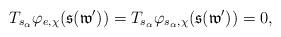
LaTeX: \begin{align*}T_{s_{\alpha}}\varphi_{e,\chi}(\mathfrak{s}(\mathfrak{w}'))=T_{s_{\alpha}}\varphi_{s_{\alpha},\chi}(\mathfrak{s}(\mathfrak{w}'))=0,\end{align*}